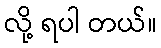
လို့ ရပါ တယ်။